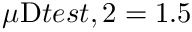
\mu _ { Ḋ } \mathrm { Ḋ } t e s t Ḍ , 2 Ḍ = 1 . 5